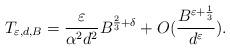
LaTeX: \begin{align*}T_{\varepsilon,d,B}=\frac{\varepsilon }{\alpha^2 d^2}B^{\frac{2}{3}+\delta}+O(\frac{B^{\varepsilon+\frac{1}{3}}}{d^\varepsilon}).\end{align*}